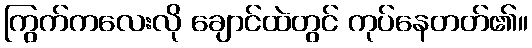
ကြွက်ကလေးလို ချောင်ထဲတွင် ကုပ်နေတတ်၏။